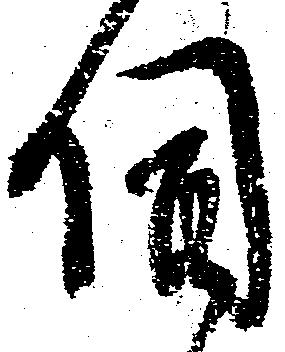
伺